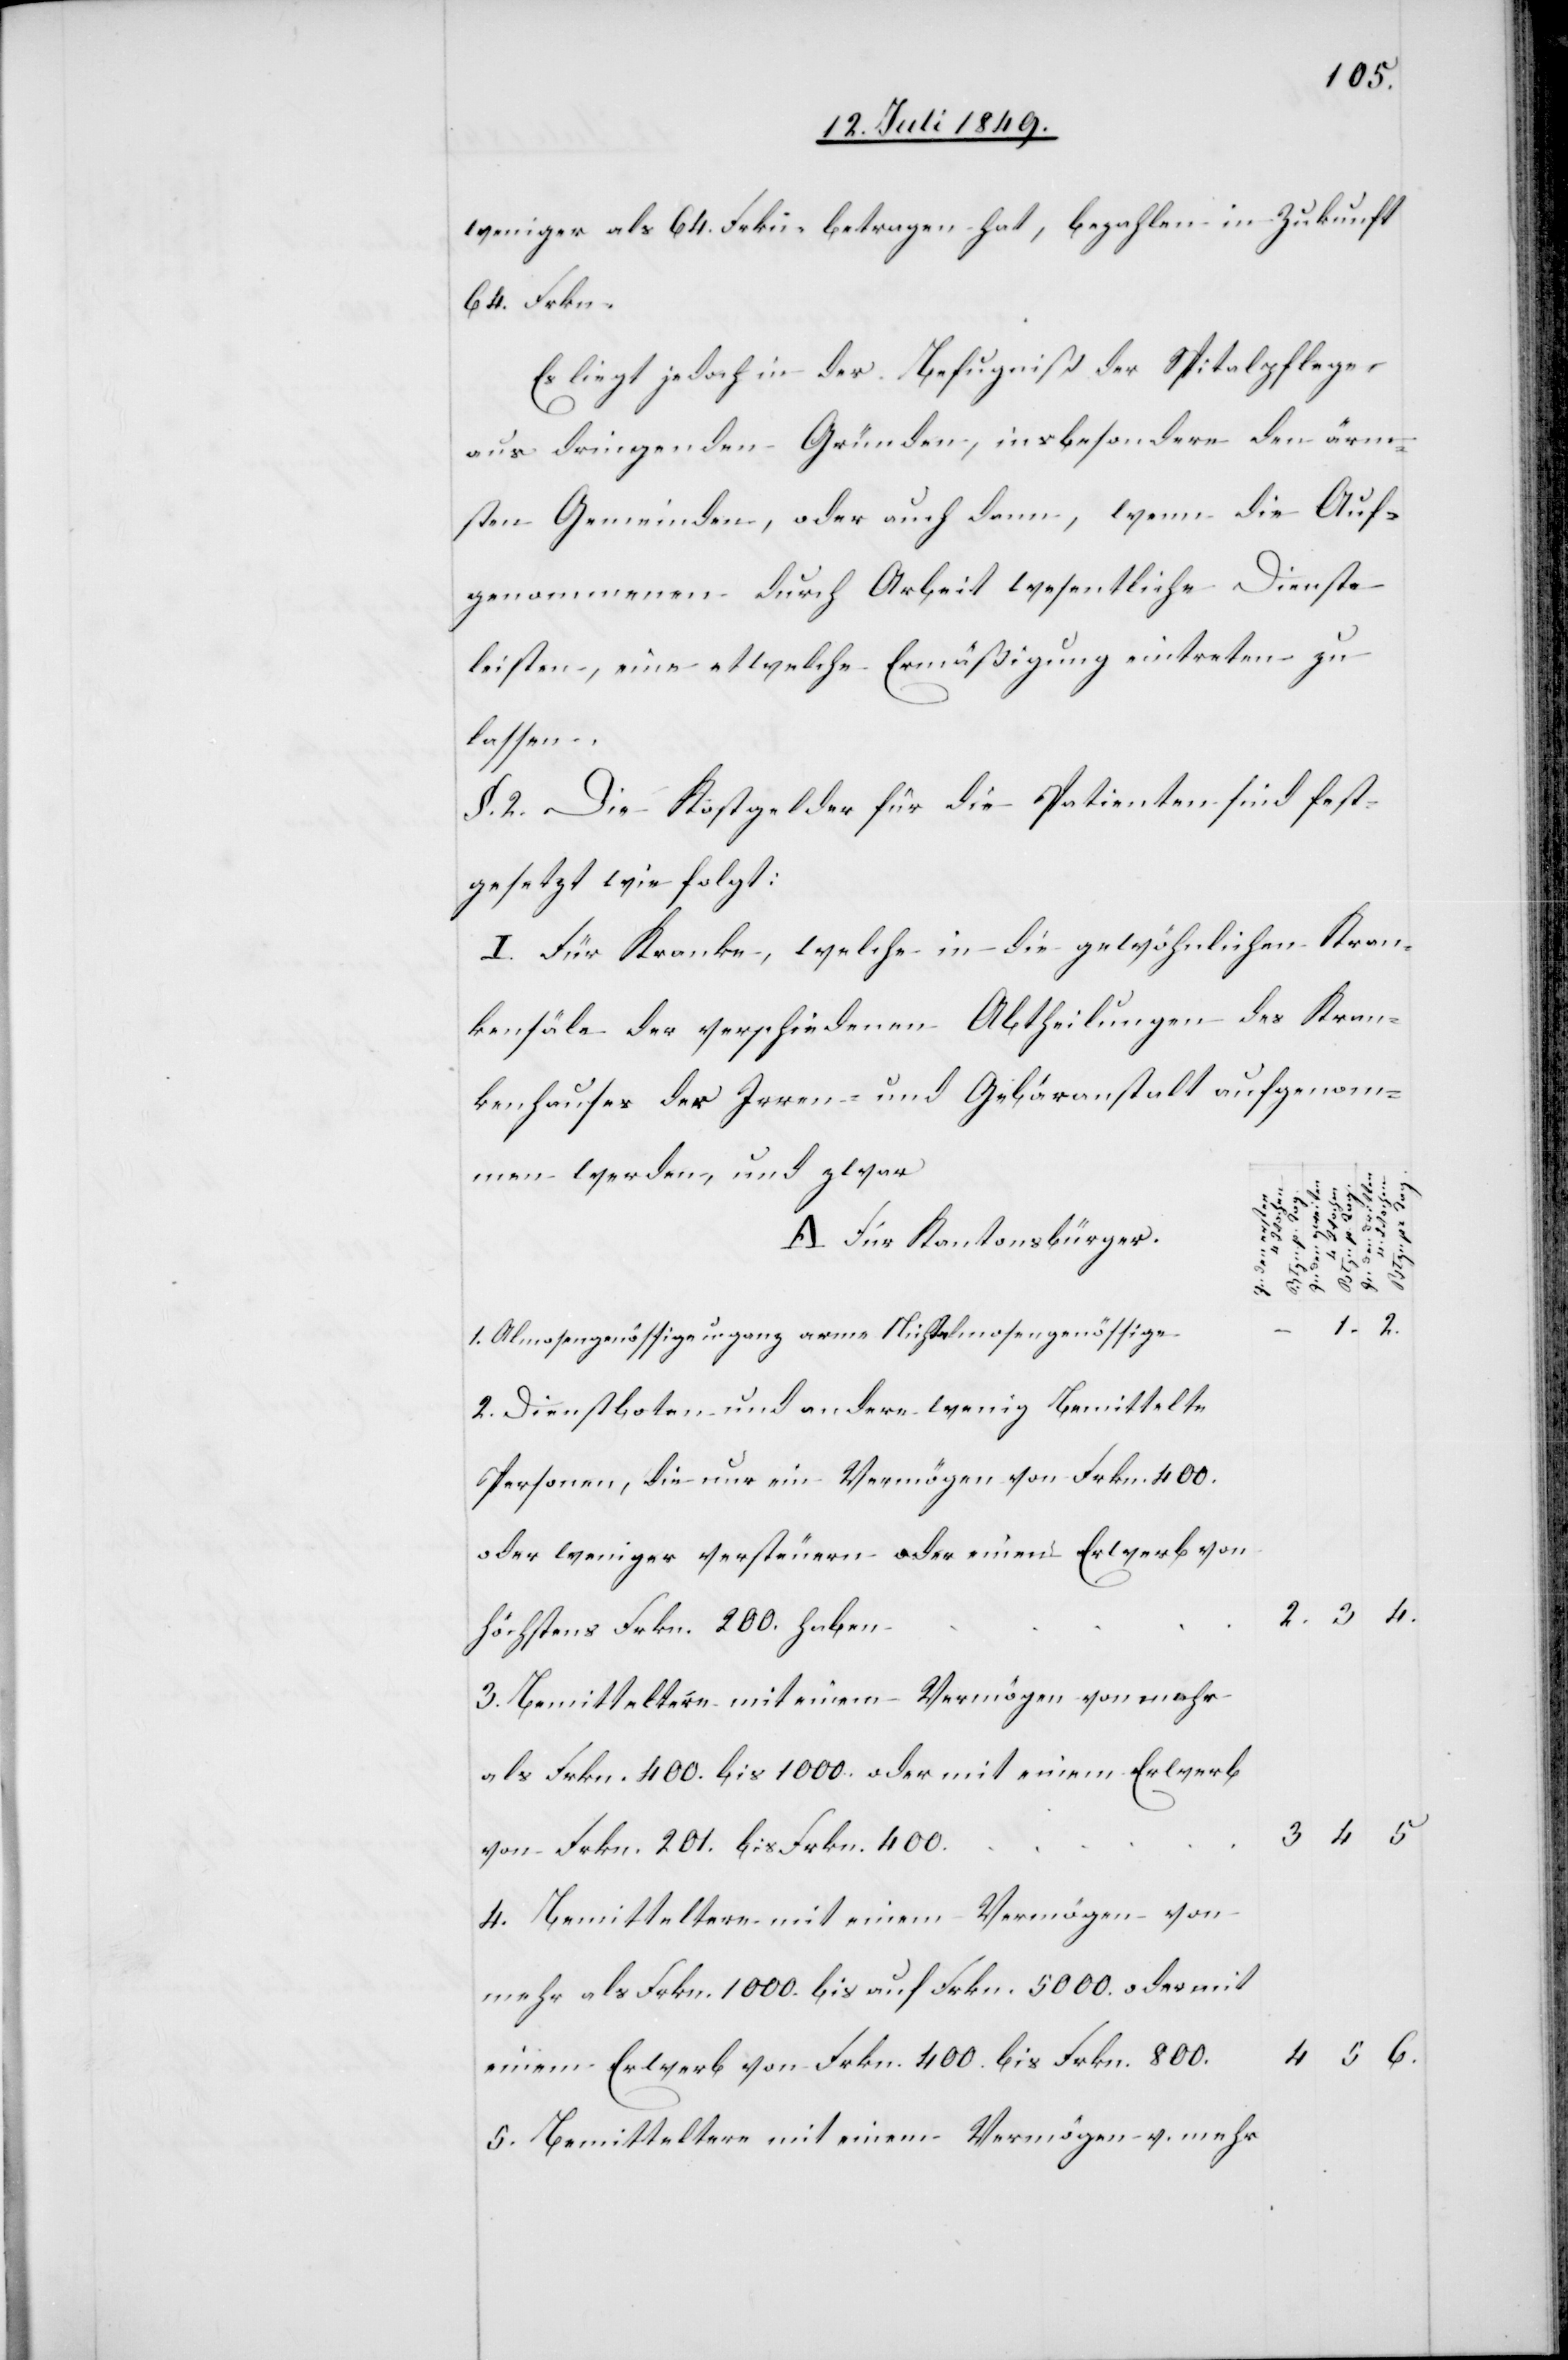
weniger als 64. Frkn. betragen hat, bezahlen in Zukunft
64. Frkn.
Es liegt jedoch in der Befugniß der Spitalpflege
aus dringenden Gründen, insbesondere den ärm¬
sten Gemeinden, oder auch denn, wenn die Auf¬
genommenen durch Arbeit wesentliche Dienste
leisten, eine etwelche Ermäßigung eintreten zu
lassen.
§. 2. Die Kostgelder für die Patienten sind fest¬
gesetzt wie folgt:
I. Für Kranke, welche in die gewöhnliche Kran¬
kensäle der verschiedenen Abtheilungen des Kran¬
kenhauses der Irren- und Gebäranstalt aufgenom¬
men werden, und zwar
6.
pr Tag.
A. Für Kantonsbürger.
1.
2.
1. Almosengenössige u. ganz arme Nichtalmosengenössige
2. Dienstboten und andere wenig Bemittelte
Personen, die nur ein Vermögen von Frkn. 400.
oder weniger versteuern oder einen Erwerb von
4.
höchstens Frkn. 200. haben
3. Bemitteltere mit einem Vermögen von mehr
als Frkn. 400. bis 1000. oder mit einem Erwerb
von Frkn. 201. bis Frkn. 400.
4. Bemitteltere mit einem Vermögen von
mehr als Frkn. 1000. bis auf Frkn. 5000. oder mit
einem Erwerb von Frkn. 400. bis Frkn. 800.
5. Bemitteltere mit einem Vermögen v. mehr